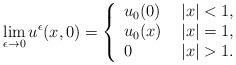
LaTeX: \begin{align*}\lim_{\epsilon \rightarrow 0} u^\epsilon(x,0) = \left\{\begin{array}{ll}u_0(0) \ & |x| < 1 , \\u_0(x) \ & |x| = 1 , \\0 \ & |x| > 1 .\end{array}\right.\end{align*}